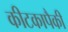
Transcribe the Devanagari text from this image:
कीटकापैकी